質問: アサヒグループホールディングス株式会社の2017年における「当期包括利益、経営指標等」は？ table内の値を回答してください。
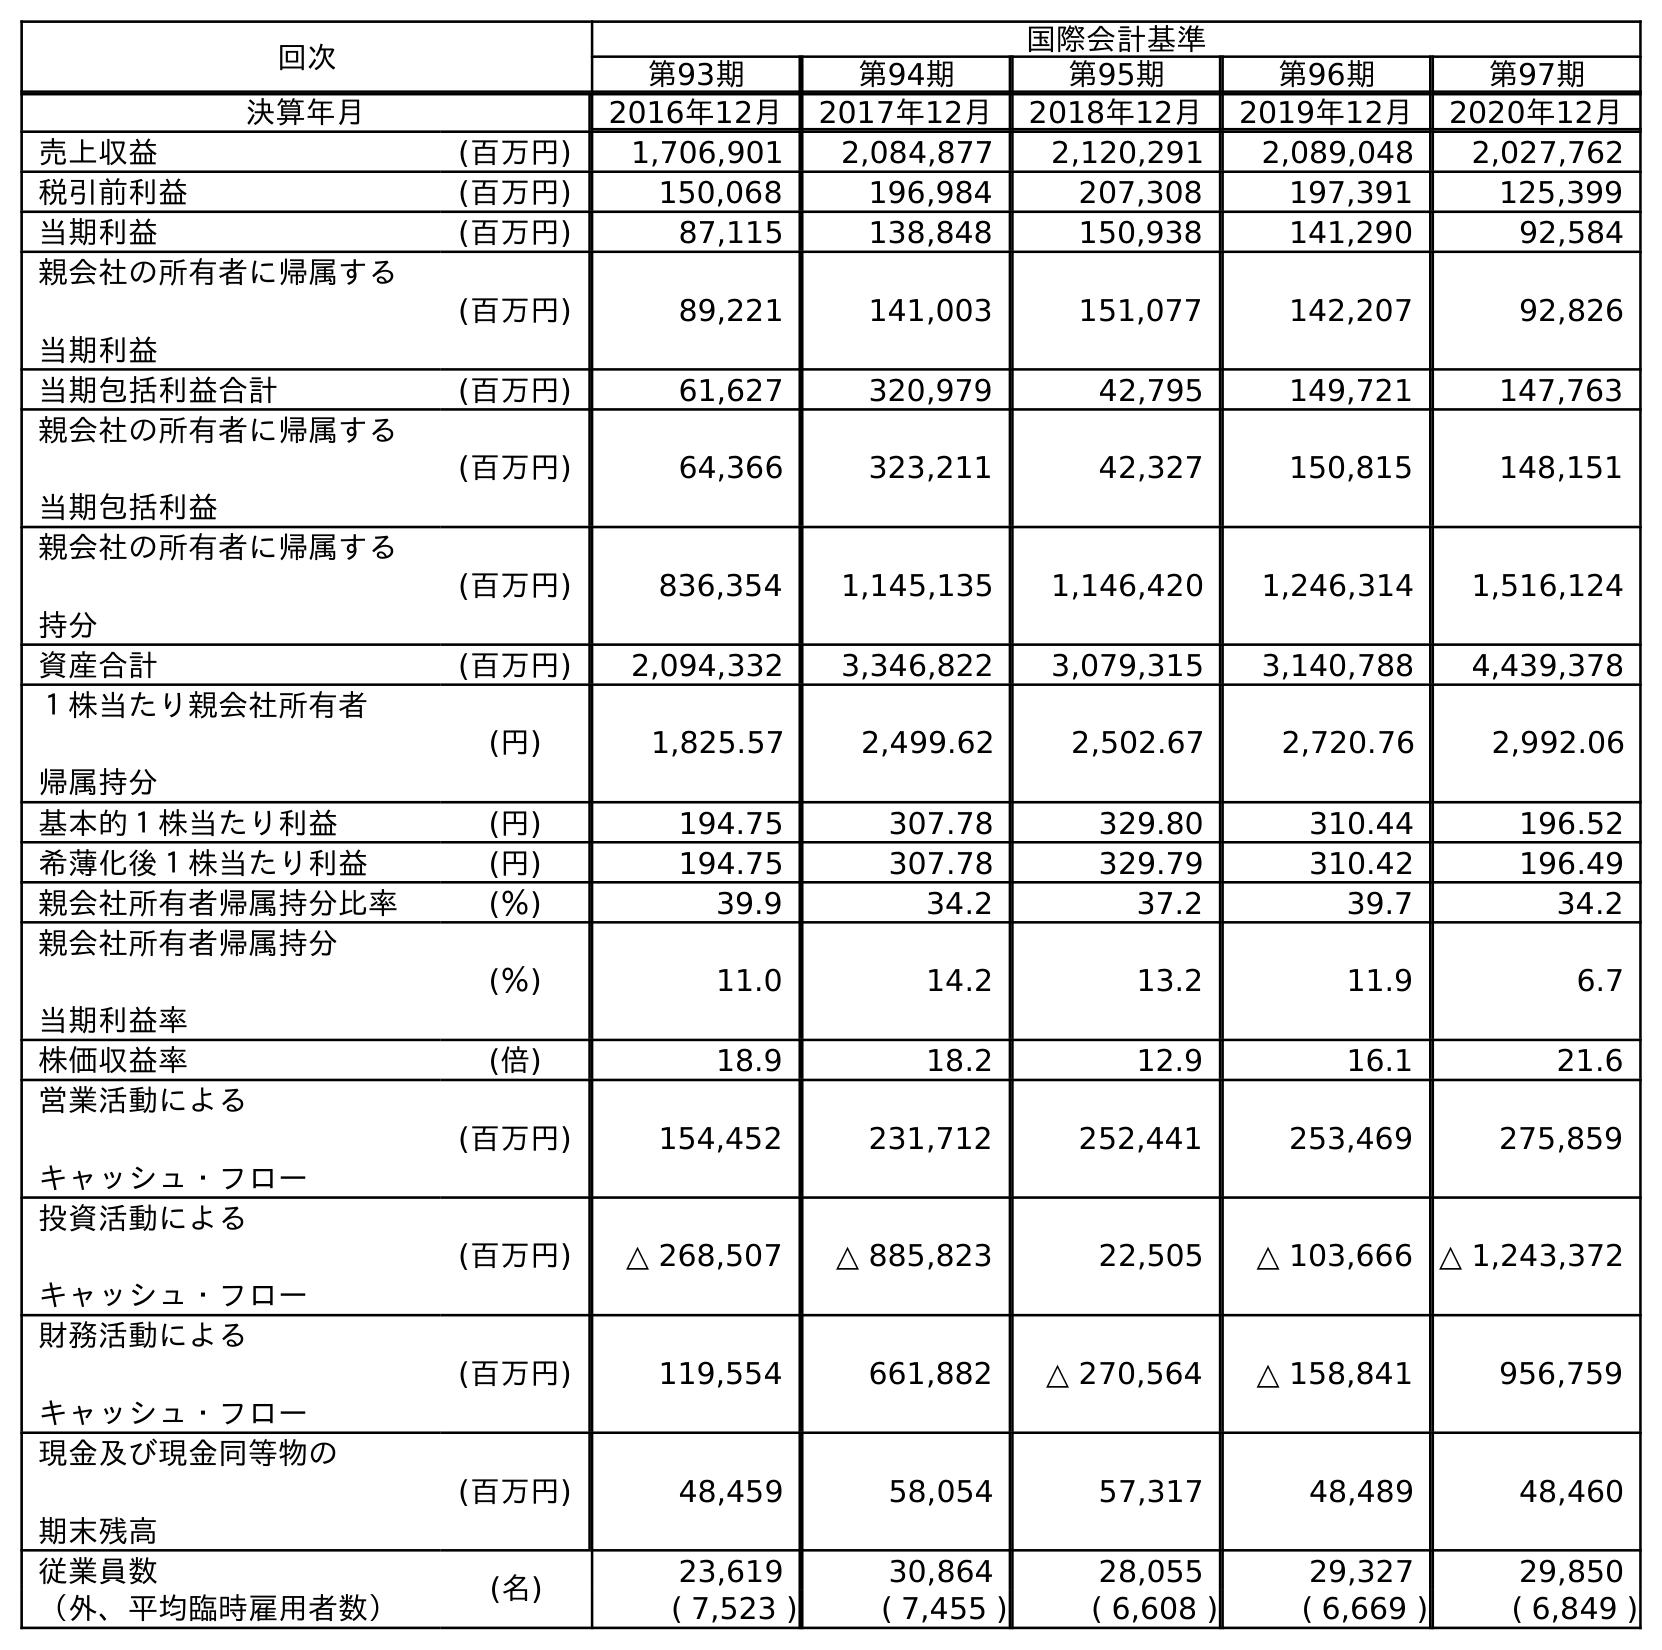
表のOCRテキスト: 回次 国際会計基準 第93期 第94期 第95期 第96期 第97期 決算年月 2016年12月 2017年12月 2018年12月 2019年12月 2020年12月 売上収益 (百万円) 1,706,901 2,084,877 2,120,291 2,089,048 2,027,762 税引前利益 (百万円) 150,068 196,984 207,308 197,391 125,399 当期利益 (百万円) 87,115 138,848 150,938 141,290 92,584 親会社の所有者に帰属する 当期利益 (百万円) 89,221 141,003 151,077 142,207 92,826 当期包括利益合計 (百万円) 61,627 320,979 42,795 149,721 147,763 親会社の所有者に帰属する 当期包括利益 (百万円) 64,366 323,211 42,327 150,815 148,151 親会社の所有者に帰属する 持分 (百万円) 836,354 1,145,135 1,146,420 1,246,314 1,516,124 資産合計 (百万円) 2,094,332 3,346,822 3,079,315 3,140,788 4,439,378 １株当たり親会社所有者 帰属持分 (円) 1,825.57 2,499.62 2,502.67 2,720.76 2,992.06 基本的１株当たり利益 (円) 194.75 307.78 329.80 310.44 196.52 希薄化後１株当たり利益 (円) 194.75 307.78 329.79 310.42 196.49 親会社所有者帰属持分比率 (％) 39.9 34.2 37.2 39.7 34.2 親会社所有者帰属持分 当期利益率 (％) 11.0 14.2 13.2 11.9 6.7 株価収益率 (倍) 18.9 18.2 12.9 16.1 21.6 営業活動による キャッシュ・フロー (百万円) 154,452 231,712 252,441 253,469 275,859 投資活動による キャッシュ・フロー (百万円) △ 268,507 △ 885,823 22,505 △ 103,666 △ 1,243,372 財務活動による キャッシュ・フロー (百万円) 119,554 661,882 △ 270,564 △ 158,841 956,759 現金及び現金同等物の 期末残高 (百万円) 48,459 58,054 57,317 48,489 48,460 従業員数 (名) 23,619 30,864 28,055 29,327 29,850 （外、平均臨時雇用者数） ( 7,523 ) ( 7,455 ) ( 6,608 ) ( 6,669 ) ( 6,849 )
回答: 320,979